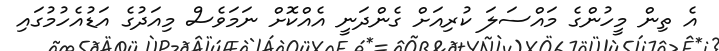
އެ ތިން މީހުންގެ މައްސަލަ ކުރިއަށް ގެންދަނީ އެއްކޮށް ނަމަވެސް މިއަދުގެ އަޑުއެހުމުގައި